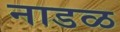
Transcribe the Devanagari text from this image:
नाडळ